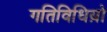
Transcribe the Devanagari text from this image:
गतिविधिय़ो